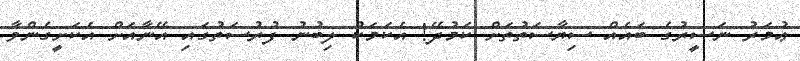
ޢުމަރު ނަސީރުގެ ބައެއް ސިޔާސަތުތަށް ކަމުދޭ! އެކަމަކު ލިބުނު ފުރުސަތުގައި އޭނާއަށް އެކަށީގެންވާ